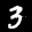
Label: 3